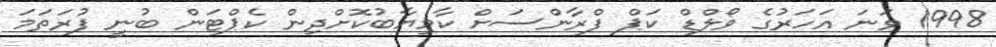
1998 ވަނަ އަހަރުގެ ވޯލްޑް ކަޕް ފްރާންސަށް ކާމިޔާބުކޮށްދިން ކެޕްޓަން ބުނީ ފުރަތަމަ